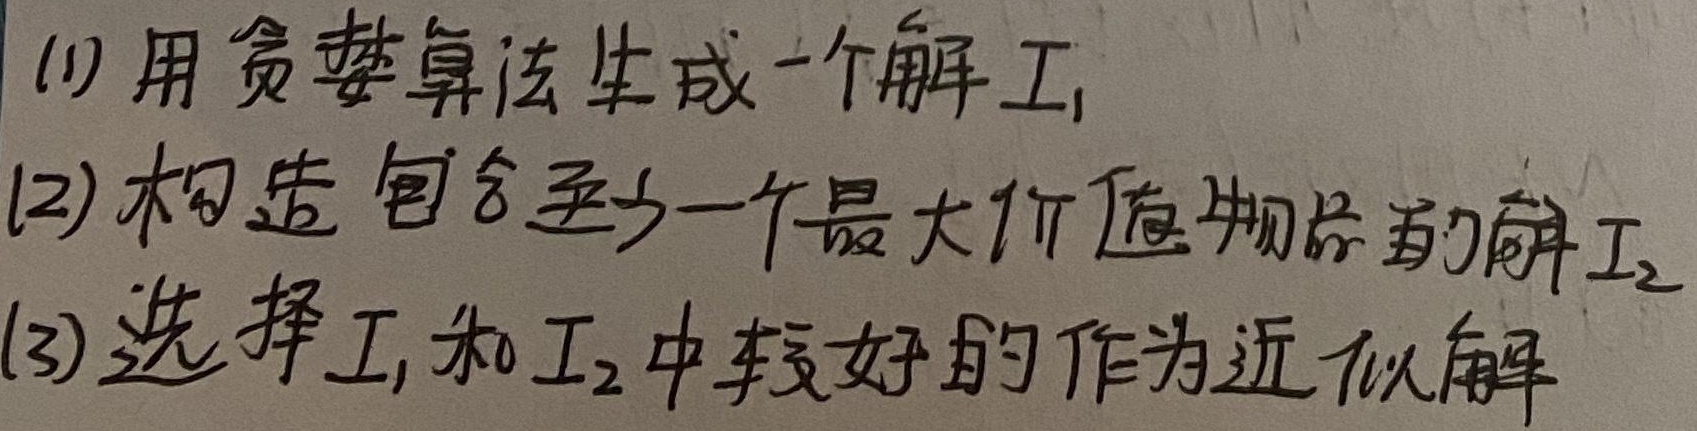
(1) 用贪婪算法生成一个解 $I_1$，(2) 构造包含至少一个最大价值物品的解 $I_2$，(3) 选择 $I_1$ 和 $I_2$ 中较好的作为近似解